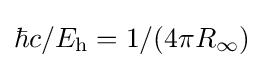
\hbar c/E_{\text{h}}=1/(4\pi R_{\infty })